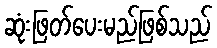
ဆုံးဖြတ်ပေးမည်ဖြစ်သည်